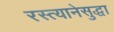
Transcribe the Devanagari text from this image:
रस्त्यानेसुद्धा